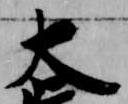
大